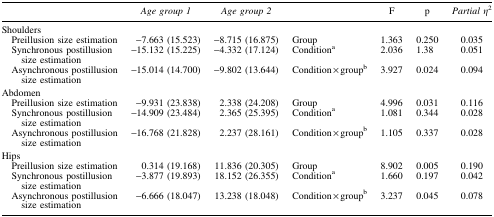
|  | Age group 1 | Age group 2 |  | F | p | Partial η2 |
 | --- | --- | --- | --- | --- | --- | --- |
 | <COLSPAN=7> Shoulders |
 | Preillusion size estimation | −7.663 (15.523) | −8.715 (16.875) | Group | 1.363 | 0.250 | 0.035 |
 | Synchronous postillusion size estimation | −15.132 (15.225) | −4.332 (17.124) | Conditiona | 2.036 | 1.38 | 0.051 |
 | Asynchronous postillusion size estimation | −15.014 (14.700) | −9.802 (13.644) | Condition × groupb | 3.927 | 0.024 | 0.094 |
 | <COLSPAN=7> Abdomen |
 | Preillusion size estimation | −9.931 (23.838) | 2.338 (24.208) | Group | 4.996 | 0.031 | 0.116 |
 | Synchronous postillusion size estimation | −14.909 (23.484) | 2.365 (25.395) | Conditiona | 1.081 | 0.344 | 0.028 |
 | Asynchronous postillusion size estimation | −16.768 (21.828) | 2.237 (28.161) | Condition × groupb | 1.105 | 0.337 | 0.028 |
 | <COLSPAN=7> Hips |
 | Preillusion size estimation | 0.314 (19.168) | 11.836 (20.305) | Group | 8.902 | 0.005 | 0.190 |
 | Synchronous postillusion size estimation | −3.877 (19.893) | 18.152 (26.355) | Conditiona | 1.660 | 0.197 | 0.042 |
 | Asynchronous postillusion size estimation | −6.666 (18.047) | 13.238 (18.048) | Condition × groupb | 3.237 | 0.045 | 0.078 |